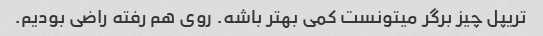
تریپل چیز برگر میتونست کمی بهتر باشه. روی هم رفته راضی بودیم.